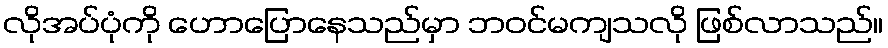
လိုအပ်ပုံကို ဟောပြောနေသည်မှာ ဘဝင်မကျသလို ဖြစ်လာသည်။